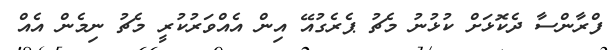
ފްރާންސާ ދެކޮޅަށް ކުޅުނު މެޗު ޕެރެގުއޭ އިން އެއްވަރުކުރީ މެޗު ނިމެން އެއް